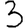
Digit: 3